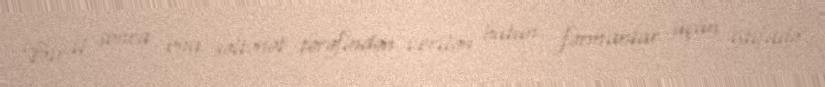
Bir il sonra ona səltənət tərəfindən verilən bütün fərmanlar üçün istifadə